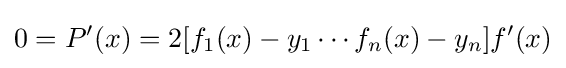
0=P'(x)=2[f_{1}(x)-y_{1}\cdots f_{n}(x)-y_{n}]f'(x)